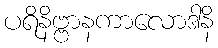
ပရိနိဗ္ဗာနကာလောဒါနိ